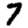
Digit: 7